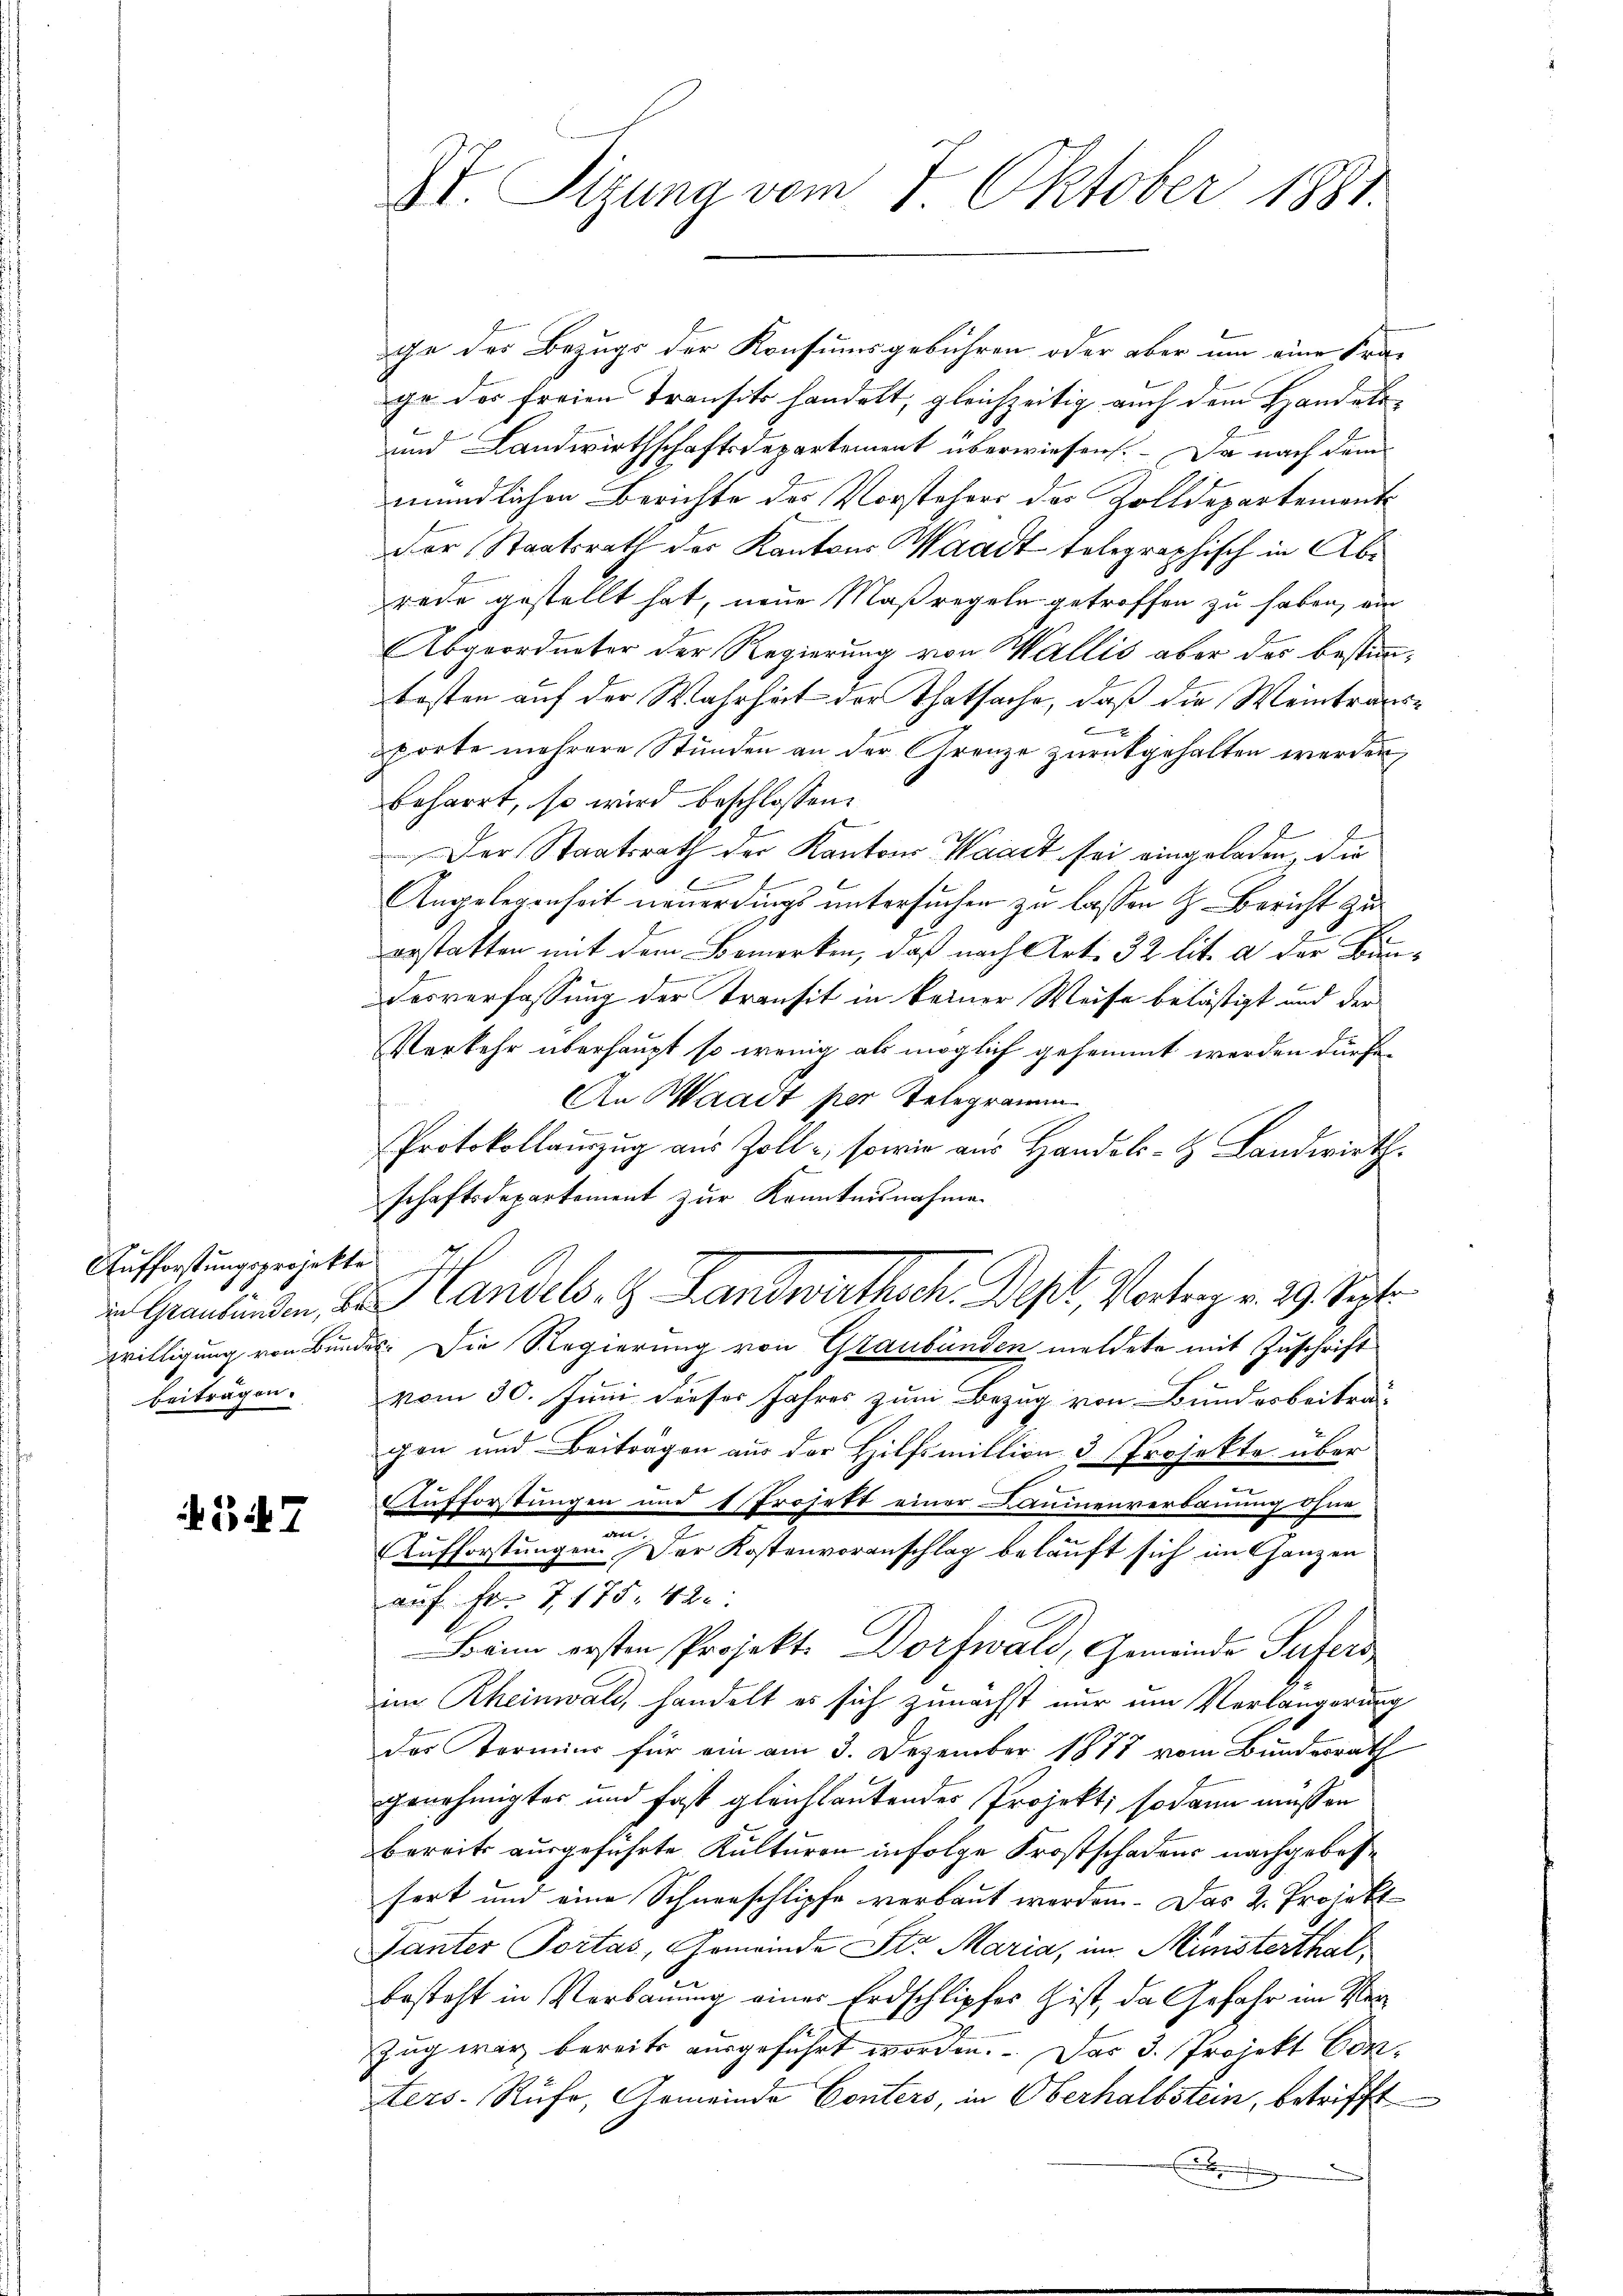
Aufforstungsprojekte
beiträgen.

547

ge der Bezugs der Konsumsgebühren oder aber um eine Fra-
ge des freien Transits handelt, gleichzeitig auch dem Handels¬
und Landwirthschaftsdepartement überwiesen. – Da nach dem
mündlichen Berichte des Vorstehers des Zolldepartement
Der Staatsrath der Kantons Waadt telegraphisch in Abrede gestellt hat, neue Maßregeln getroffen zu haben, ein
Abgeordneter der Regierung von Wallis aber der bestimmbesten auf der Wahrheit der Thatsache, daß die Weintrausc
porte mehrere Stunden an der Grenze zurückgehalten werden,
beharrt, so wird beschlossen:
Der Staatsrath der Kantons Waadt sei eingeladen, die
f
Angelegenheit neuerdings untersuchen zu lassen z. Bericht zu
erstatten mit dem Bemerken, daß nach Art. 32 lit. a der Bin¬
F
desverfassung der Transit in keiner Weise belästigt und der
Verkehr überhaupt so wenig als möglich gehemmt werden dürfe.
An Waadt per Telegramm
Protokollanzug aus Zolle, sowie aus Handels-H. Landwirthschaftsdepartement zur Kenntnisnahmen
 Graubünden, u. Handels. S. Landwirthsch. Dept, Vortrag v. 29. Sept.
willigung von Bundes: Die Regierung von Graubünden meldete mit Zuschrift
vom 30. Juni dieses Jahres zum Bezug von Bundesbeitra-
gen und Beiträgen aus der Hilfsmillion 3 Projekte über
Aufforstungen und Projekt einer Bauinenverbauung ohne
.
e
Aufforstungen. Der Kostenvoranschlag belauft sich im Ganzen
auf Fr. 7175. 42.
Baim ersten Projekt. Dorfwald, Gemeinde Sufers
im Rheinwald, handelt es sich zunächst nur um Verlängerung
des Kormins für ein am 3. Dezember 1878 vom Bundesrath
genehmigter und fast gleichlautendes Projekt; sodann müssen
bereits ausgeführte Kulturen infolge Frostschadens nachgebessert und eine Schneeschlipfe verbaut werden. Das 2. Projekt
Tanter Portas, Gemeinde Str. Maria, im Münsterthalbesteht in Verbauung eines Erdschlipfes ist, da Gefahr im Ver¬
Zug war bereits ausgeführt worden. Das 3. Projekt Conters Rufe, Gemeinde Conters, in Oberhalbstein, betrifft
x

It. Tigung vom 7. Oktober 1881.